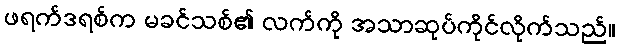
ဖရက်ဒရစ်က မခင်သစ်၏ လက်ကို အသာဆုပ်ကိုင်လိုက်သည်။